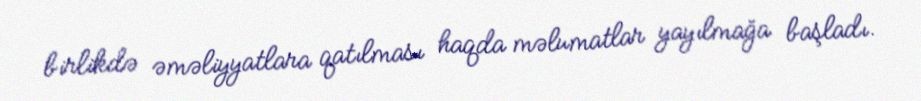
birlikdə əməliyyatlara qatılması haqda məlumatlar yayılmağa başladı.